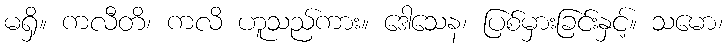
မရှိ။ ကလီတိ၊ ကလိ ဟူသည်ကား။ ဒေါသေန၊ ပြစ်မှားခြင်းနှင့်။ သမော၊